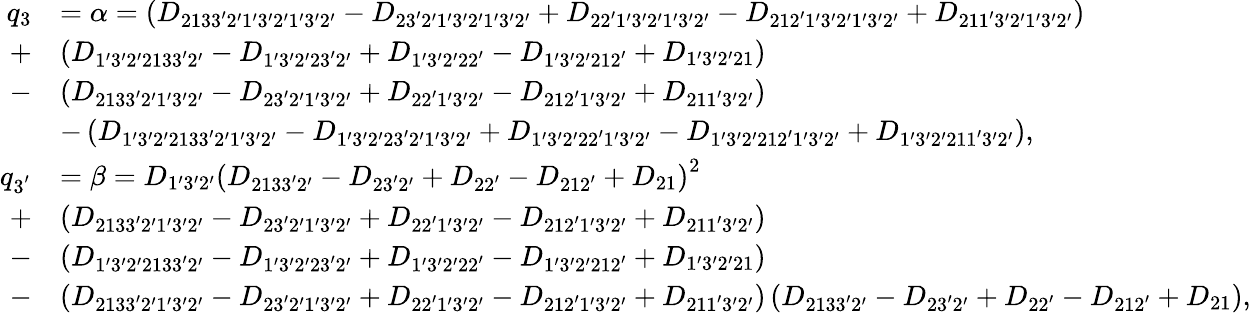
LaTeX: \begin{array}{rl}{q_{3}}&{=\alpha=\left({{D_{2133^{\prime}2^{\prime}1^{\prime}3^{\prime}2^{\prime}1^{\prime}3^{\prime}2^{\prime}}}-{D_{23^{\prime}2^{\prime}1^{\prime}3^{\prime}2^{\prime}1^{\prime}3^{\prime}2^{\prime}}}+{D_{22^{\prime}1^{\prime}3^{\prime}2^{\prime}1^{\prime}3^{\prime}2^{\prime}}}-{D_{212^{\prime}1^{\prime}3^{\prime}2^{\prime}1^{\prime}3^{\prime}2^{\prime}}}+{D_{211^{\prime}3^{\prime}2^{\prime}1^{\prime}3^{\prime}2^{\prime}}}}\right)}\\ {+}&{\left({{D_{1^{\prime}3^{\prime}2^{\prime}2133^{\prime}2^{\prime}}}-{D_{1^{\prime}3^{\prime}2^{\prime}23^{\prime}2^{\prime}}}+{D_{1^{\prime}3^{\prime}2^{\prime}22^{\prime}}}-{D_{1^{\prime}3^{\prime}2^{\prime}212^{\prime}}}+{D_{1^{\prime}3^{\prime}2^{\prime}21}}}\right)}\\ {-}&{\left({{D_{2133^{\prime}2^{\prime}1^{\prime}3^{\prime}2^{\prime}}}-{D_{23^{\prime}2^{\prime}1^{\prime}3^{\prime}2^{\prime}}}+{D_{22^{\prime}1^{\prime}3^{\prime}2^{\prime}}}-{D_{212^{\prime}1^{\prime}3^{\prime}2^{\prime}}}+{D_{211^{\prime}3^{\prime}2^{\prime}}}}\right)}\\ &{-\left({{D_{1^{\prime}3^{\prime}2^{\prime}2133^{\prime}2^{\prime}1^{\prime}3^{\prime}2^{\prime}}}-{D_{1^{\prime}3^{\prime}2^{\prime}23^{\prime}2^{\prime}1^{\prime}3^{\prime}2^{\prime}}}+{D_{1^{\prime}3^{\prime}2^{\prime}22^{\prime}1^{\prime}3^{\prime}2^{\prime}}}-{D_{1^{\prime}3^{\prime}2^{\prime}212^{\prime}1^{\prime}3^{\prime}2^{\prime}}}+{D_{1^{\prime}3^{\prime}2^{\prime}211^{\prime}3^{\prime}2^{\prime}}}}\right),}\\ {q_{3^{'}}}&{=\beta={D_{1^{\prime}3^{\prime}2^{\prime}}}{\left({{D_{2133^{\prime}2^{\prime}}}-{D_{23^{\prime}2^{\prime}}}+{D_{22^{\prime}}}-{D_{212^{\prime}}}+{D_{21}}}\right)^{2}}}\\ {+}&{\left({{D_{2133^{\prime}2^{\prime}1^{\prime}3^{\prime}2^{\prime}}}-{D_{23^{\prime}2^{\prime}1^{\prime}3^{\prime}2^{\prime}}}+{D_{22^{\prime}1^{\prime}3^{\prime}2^{\prime}}}-{D_{212^{\prime}1^{\prime}3^{\prime}2^{\prime}}}+{D_{211^{\prime}3^{\prime}2^{\prime}}}}\right)}\\ {-}&{\left({{D_{1^{\prime}3^{\prime}2^{\prime}2133^{\prime}2^{\prime}}}-{D_{1^{\prime}3^{\prime}2^{\prime}23^{\prime}2^{\prime}}}+{D_{1^{\prime}3^{\prime}2^{\prime}22^{\prime}}}-{D_{1^{\prime}3^{\prime}2^{\prime}212^{\prime}}}+{D_{1^{\prime}3^{\prime}2^{\prime}21}}}\right)}\\ {-}&{\left({{D_{2133^{\prime}2^{\prime}1^{\prime}3^{\prime}2^{\prime}}}-{D_{23^{\prime}2^{\prime}1^{\prime}3^{\prime}2^{\prime}}}+{D_{22^{\prime}1^{\prime}3^{\prime}2^{\prime}}}-{D_{212^{\prime}1^{\prime}3^{\prime}2^{\prime}}}+{D_{211^{\prime}3^{\prime}2^{\prime}}}}\right)\left({{D_{2133^{\prime}2^{\prime}}}-{D_{23^{\prime}2^{\prime}}}+{D_{22^{\prime}}}-{D_{212^{\prime}}}+{D_{21}}}\right),}\end{array}